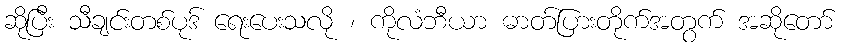
ဆိုပြီး သီချင်းတစ်ပုဒ် ရေးပေးသလို ၊ ကိုလံဘီယာ ဓာတ်ပြားတိုက်အတွက် အဆိုတော်